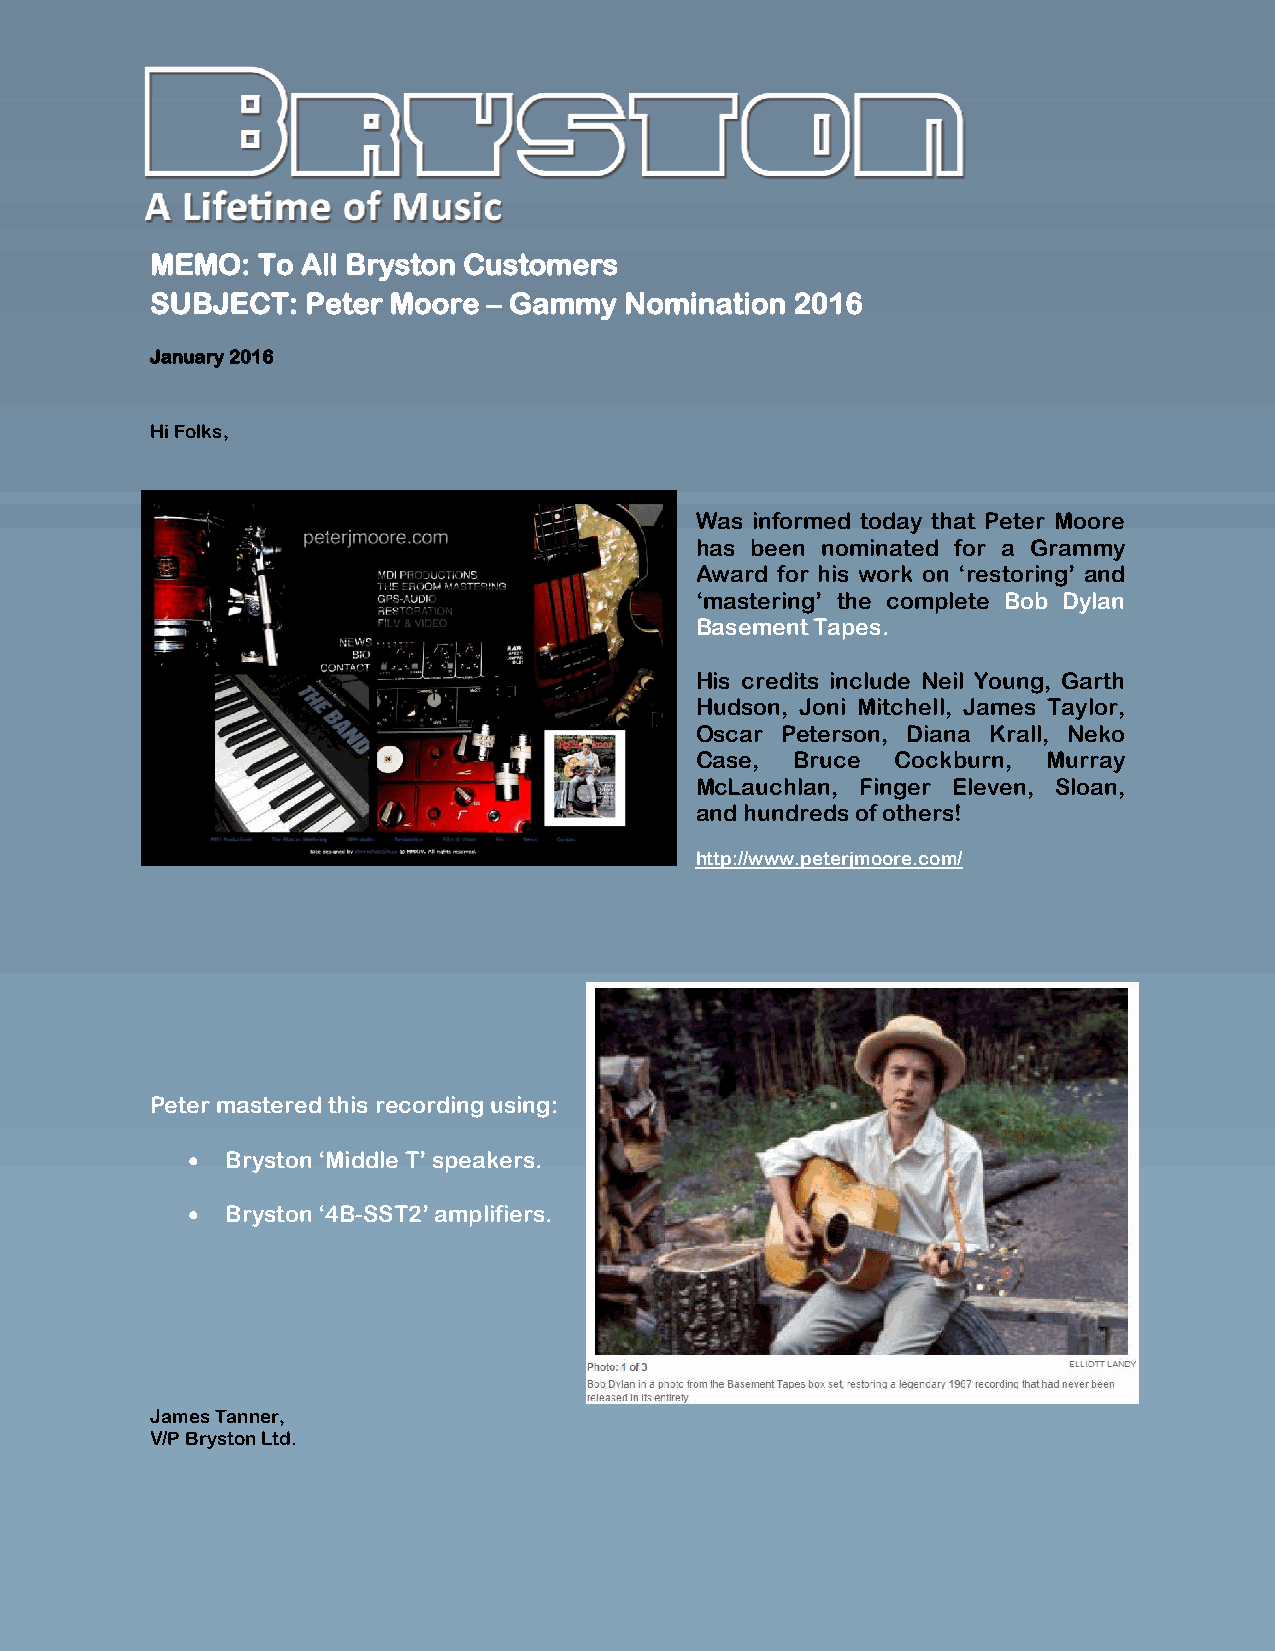
MEMO:  To All Bryston Customers
 SUBJECT:  Peter Moore – Gammy  Nomination  2016
 January 2016
 Hi Folks,
 Was informed today that Peter Moore
 has been nominated for a Grammy
 Award for his work on ‘restoring’ and
 ‘mastering’ the complete Bob Dylan
 Basement Tapes.
 His credits include Neil Young, Garth
 Hudson, Joni Mitchell, James Taylor,
 Oscar Peterson, Diana Krall, Neko
 Case,  Bruce Cockburn, Murray
 McLauchlan, Finger Eleven, Sloan,
 and hundreds of others!
 http://www.peterjmoore.com/
 Peter mastered this recording using:
   Bryston ‘Middle T’ speakers.
   Bryston ‘4B-SST2’ amplifiers.
 James Tanner,
 V/P Bryston Ltd.